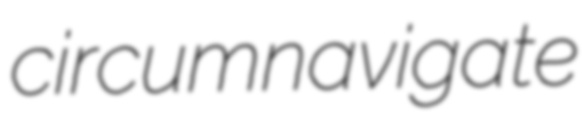
circumnavigate